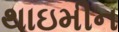
થાઇમીન